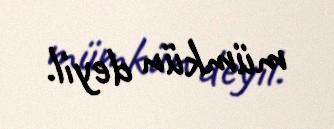
mümkün deyil.